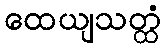
ထေယျသတ္ထံ